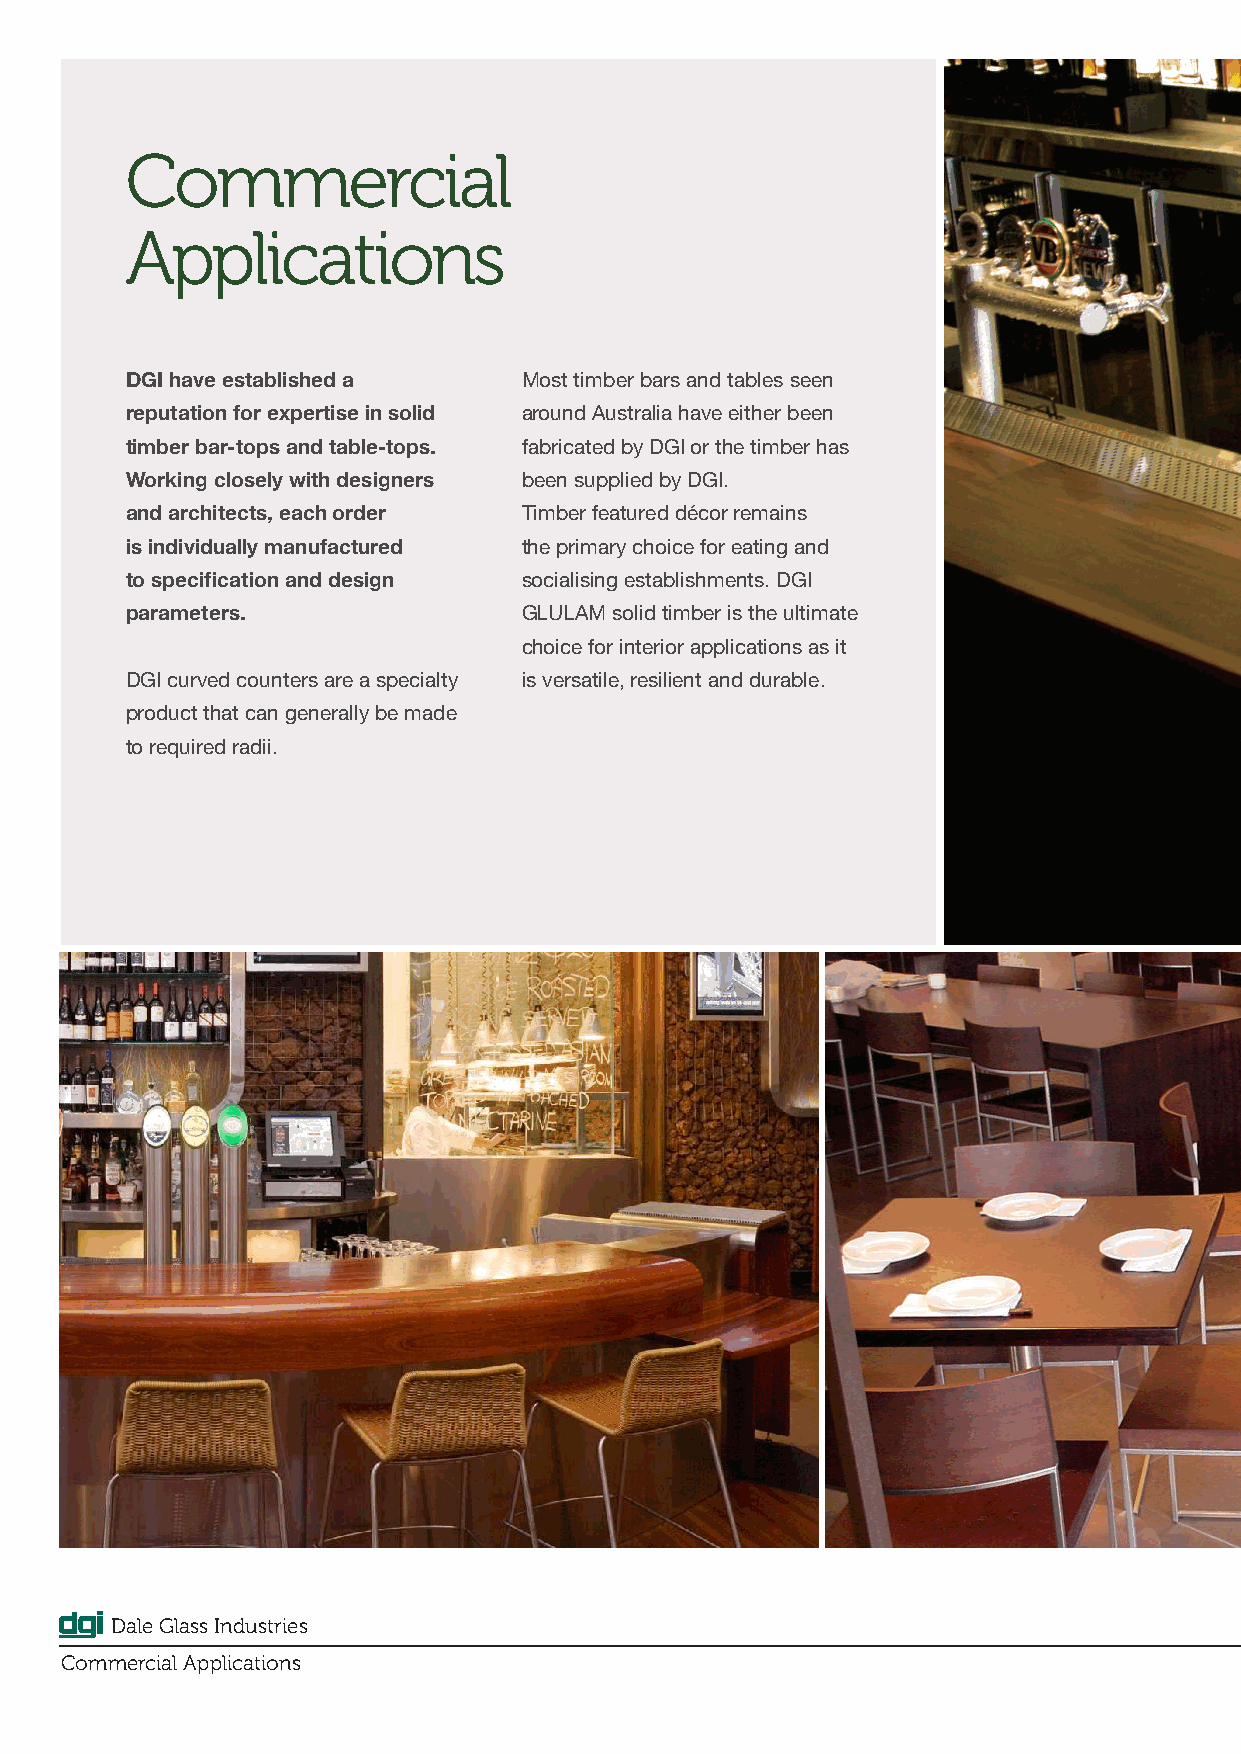
Commercial
 Applications
 DGI have established a     Most timber bars and tables seen
 reputation for expertise in solid around Australia have either been
 timber bar-tops and table-tops. fabricated by DGI or the timber has
 Working closely with designers been supplied by DGI.
 and architects, each order Timber featured décor remains
 is individually manufactured the primary choice for eating and
 to specification and design socialising establishments. DGI
 parameters.                GLULAM solid timber is the ultimate
 choice for interior applications as it
 DGI curved counters are a specialty is versatile, resilient and durable.
 product that can generally be made
 to required radii.
 Dale Glass Industries
 Commercial Applications